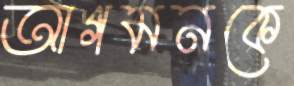
আগমনকে